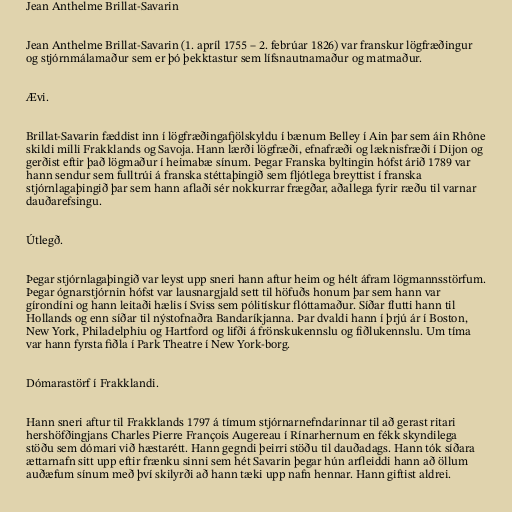
Jean Anthelme Brillat-Savarin

Jean Anthelme Brillat-Savarin (1. apríl 1755 – 2. febrúar 1826) var franskur lögfræðingur
og stjórnmálamaður sem er þó þekktastur sem lífsnautnamaður og matmaður.

Ævi.

Brillat-Savarin fæddist inn í lögfræðingafjölskyldu í bænum Belley í Ain þar sem áin Rhône
skildi milli Frakklands og Savoja. Hann lærði lögfræði, efnafræði og læknisfræði í Dijon og
gerðist eftir það lögmaður í heimabæ sínum. Þegar Franska byltingin hófst árið 1789 var
hann sendur sem fulltrúi á franska stéttaþingið sem fljótlega breyttist í franska
stjórnlagaþingið þar sem hann aflaði sér nokkurrar frægðar, aðallega fyrir ræðu til varnar
dauðarefsingu.

Útlegð.

Þegar stjórnlagaþingið var leyst upp sneri hann aftur heim og hélt áfram lögmannsstörfum.
Þegar ógnarstjórnin hófst var lausnargjald sett til höfuðs honum þar sem hann var
gírondíni og hann leitaði hælis í Sviss sem pólitískur flóttamaður. Síðar flutti hann til
Hollands og enn síðar til nýstofnaðra Bandaríkjanna. Þar dvaldi hann í þrjú ár í Boston,
New York, Philadelphiu og Hartford og lifði á frönskukennslu og fiðlukennslu. Um tíma
var hann fyrsta fiðla í Park Theatre í New York-borg.

Dómarastörf í Frakklandi.

Hann sneri aftur til Frakklands 1797 á tímum stjórnarnefndarinnar til að gerast ritari
hershöfðingjans Charles Pierre François Augereau í Rínarhernum en fékk skyndilega
stöðu sem dómari við hæstarétt. Hann gegndi þeirri stöðu til dauðadags. Hann tók síðara
ættarnafn sitt upp eftir frænku sinni sem hét Savarin þegar hún arfleiddi hann að öllum
auðæfum sínum með því skilyrði að hann tæki upp nafn hennar. Hann giftist aldrei.